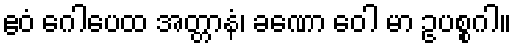
ဧဝံ ဂေါပေထ အတ္တာနံ၊ ခဏော ဝေါ မာ ဥပစ္စဂါ။